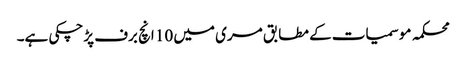
محکمہ موسمیات کے مطابق مری میں 10 انچ برف پڑچکی ہے۔